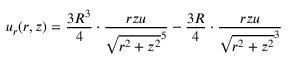
u _ { r } ( r , z ) = { \frac { 3 R ^ { 3 } } { 4 } } \cdot { \frac { r z u } { { \sqrt { r ^ { 2 } + z ^ { 2 } } } ^ { 5 } } } - { \frac { 3 R } { 4 } } \cdot { \frac { r z u } { { \sqrt { r ^ { 2 } + z ^ { 2 } } } ^ { 3 } } }